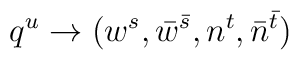
q^u \to ( w^s, \bar w^{\bar s}, n^t, \bar n^{\bar t} )